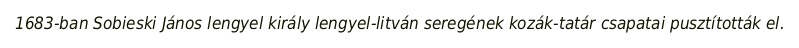
1683-ban Sobieski János lengyel király lengyel-litván seregének kozák-tatár csapatai pusztították el.